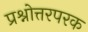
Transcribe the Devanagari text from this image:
प्रश्नोत्तरपरक